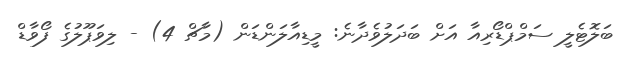
ބަލޮޓެލީ ސަމްޕްޑޯރިއާ އަށް ބަދަލުވެދާނެ: މީޑިއާލަންޑަން (މާޗް 4) - ލިވަޕޫލުގެ ފޯވާޑް